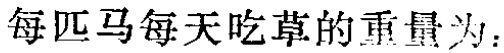
每匹马每天吃草的重量为：